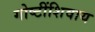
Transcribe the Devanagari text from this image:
गोष्‍टींशिवाय